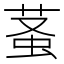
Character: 𧊬